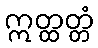
ဣတ္ထတ္တံ